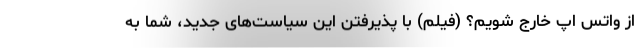
از واتس اپ خارج شویم؟ (فیلم) با پذیرفتن این سیاست‌های جدید، شما به